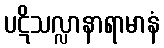
ပဋိသလ္လာနာရာမာနံ